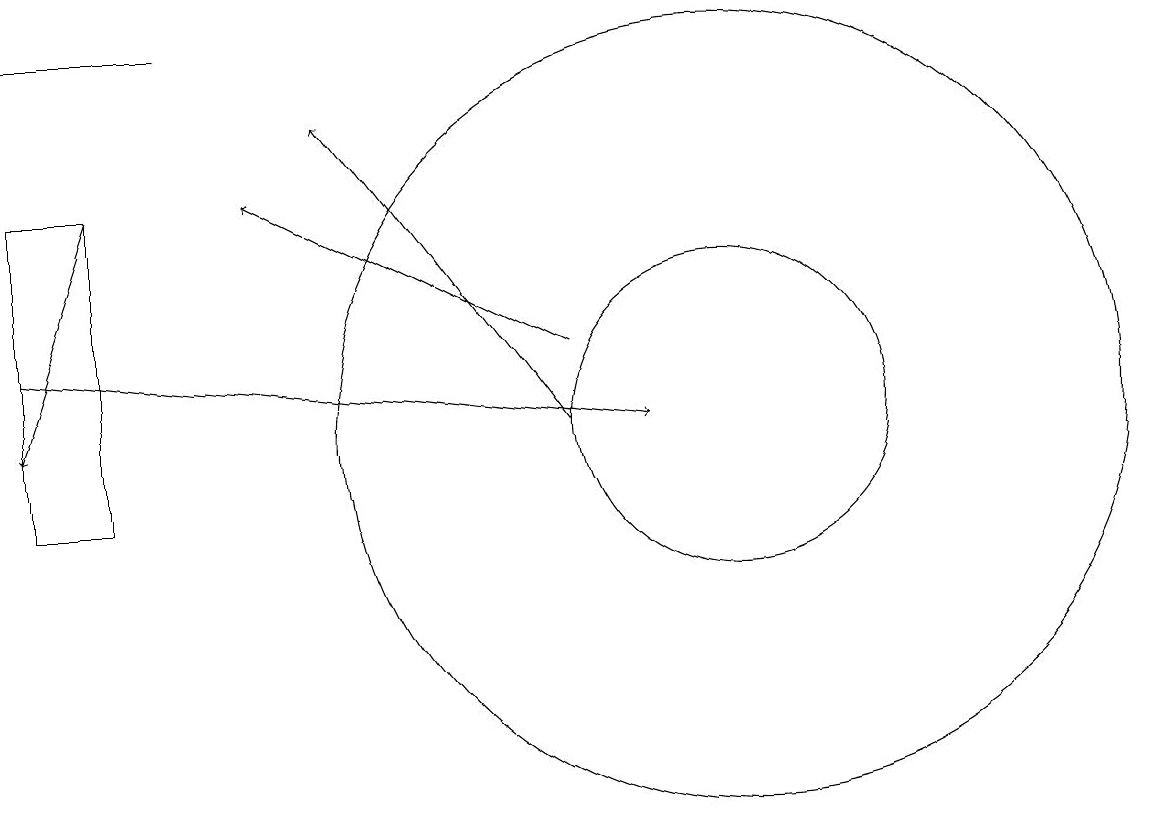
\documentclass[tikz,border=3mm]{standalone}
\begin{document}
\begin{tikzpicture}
\draw[->] (8,12) -- (4,14);
\draw (10,11) circle (2);
\draw[->] (2,14) -- (1,11);
\draw (1,16) rectangle (3,16);
\draw (2,14) rectangle (1,10);
\draw[->] (1,12) -- (9,11);
\draw (10,11) circle (5);
\draw[->] (8,11) -- (5,15);
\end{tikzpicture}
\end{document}